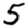
Digit: 5